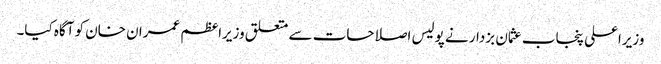
وزیراعلی پنجاب عثمان بزدار نے پولیس اصلاحات سے متعلق وزیراعظم عمران خان کو آگاہ کیا۔